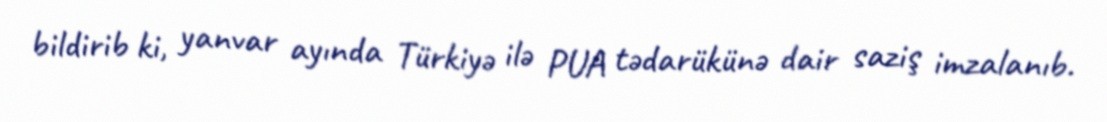
bildirib ki, yanvar ayında Türkiyə ilə PUA tədarükünə dair saziş imzalanıb.